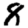
Digit: 8